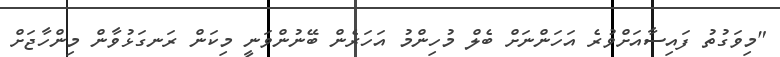
"މިވަގުތު ފައިސާއަށްވުރެ އަހަންނަށް ބެލް މުހިންމު އަހަރެން ބޭނުންވަނީ މިކަން ރަނގަޅުވާން މިންހާޖަށް